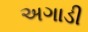
અગાડી